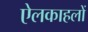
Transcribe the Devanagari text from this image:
ऐलकाहलों